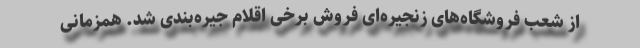
از شعب فروشگاه‌های زنجیره‌ای فروش برخی اقلام جیره‌بندی شد. همزمانی